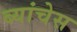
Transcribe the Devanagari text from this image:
ब्यांचेस